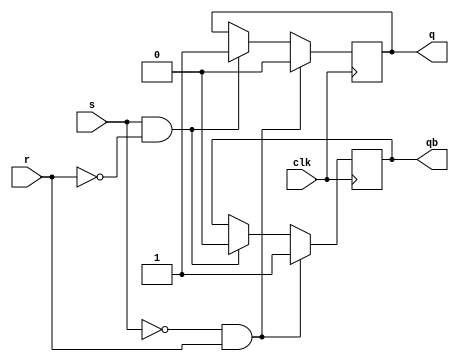
module sr_flipflop(s,r,clk,q,qb);

input s,r,clk;
output reg q,qb;


always @(posedge clk)
begin

if(~s && r) begin
q<=1'b0;
qb<=1'b1;
end

else if(s && ~r) begin
q<=1'b1;
qb<=1'b0;
end

else  begin
q<=q;
qb<=qb;
end

end



endmodule